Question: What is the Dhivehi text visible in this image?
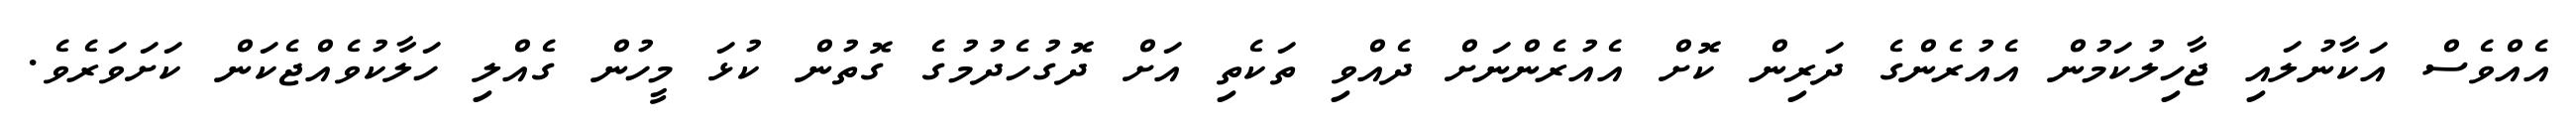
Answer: އެއްވެސް އަކާނުލައި ޖާހިލުކަމުން އެއުރެންގެ ދަރިން ކޮށް އެއުރެންނަށް ދެއްވި ތަކެތި އަށް ދޮގުހެދުމުގެ ގޮތުން ކުޅަ މީހުން ގެއްލި ހަލާކުވެއްޖެކަން ކަށަވަރެވެ.